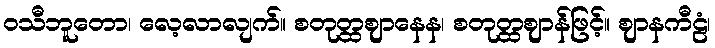
ဝသီဘူတော၊ လေ့လာလျက်။ စတုတ္ထဈာနေန၊ စတုတ္ထဈာန်ဖြင့်။ ဈာနကီဠံ၊